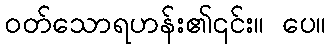
ဝတ်သောရဟန်း၏၎င်း။ ပေ။